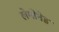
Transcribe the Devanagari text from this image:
लेमोनेड